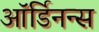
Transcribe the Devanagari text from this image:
ऑर्डिनन्स